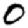
Digit: 0